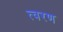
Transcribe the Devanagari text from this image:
त्‍वरण